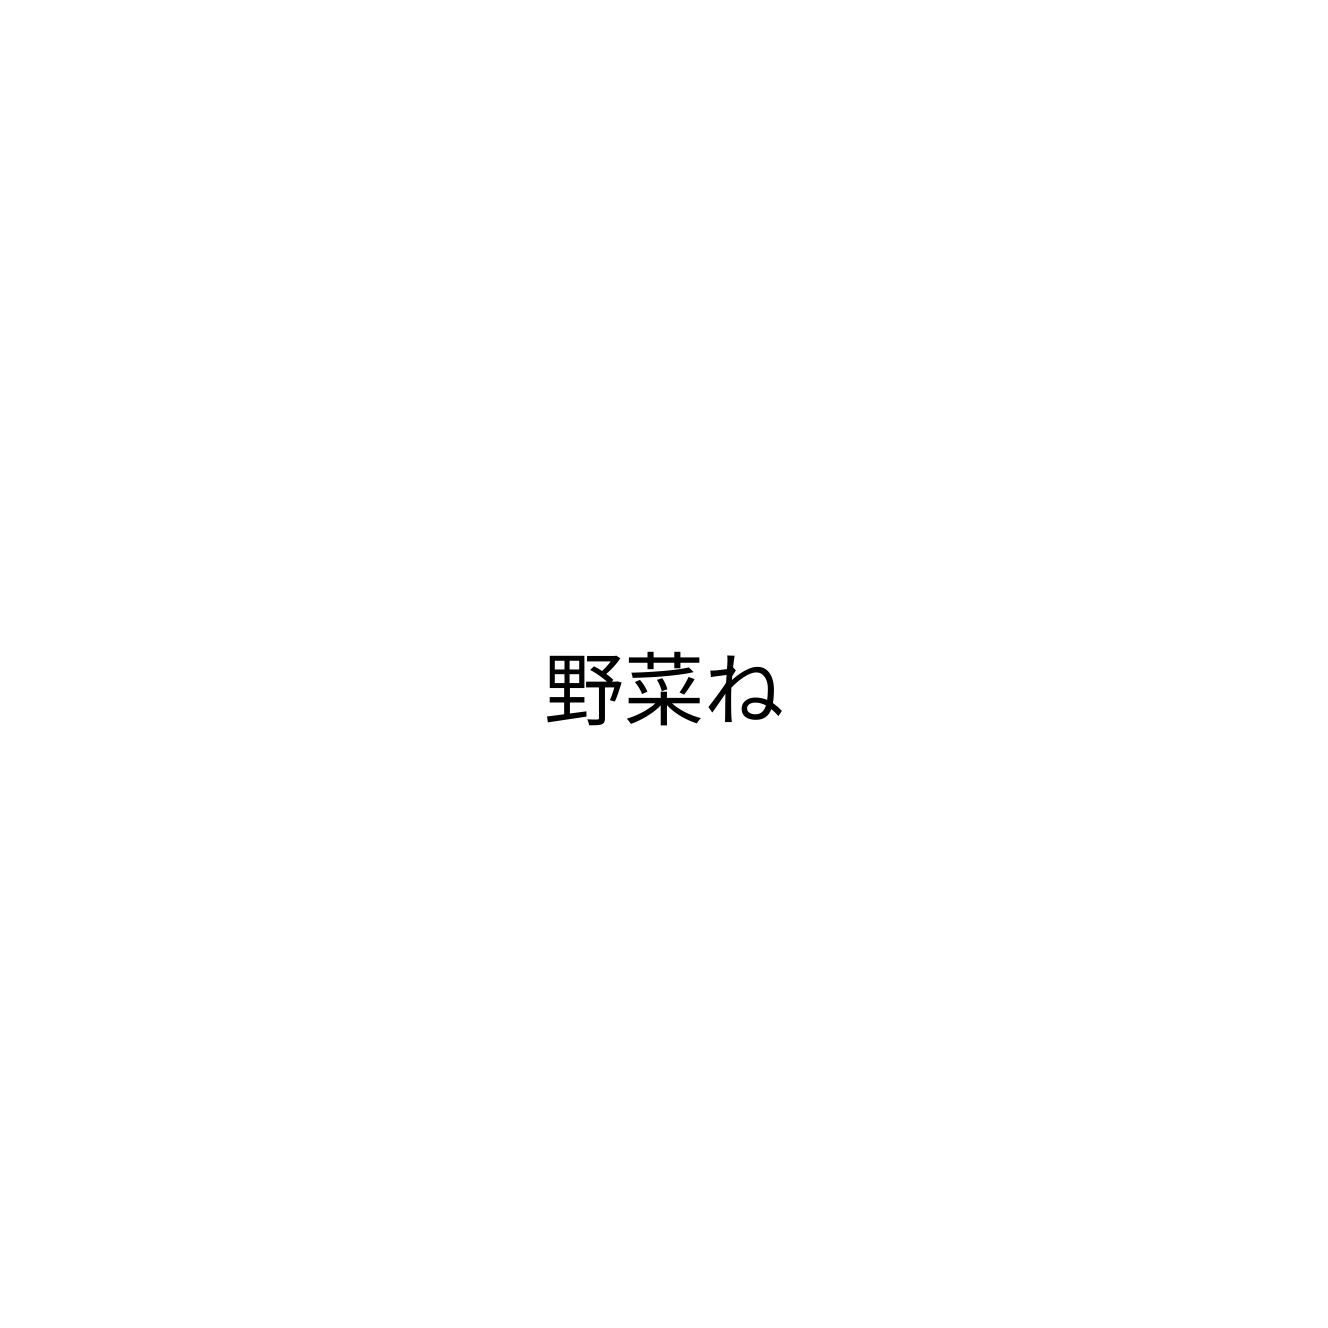
野菜ね